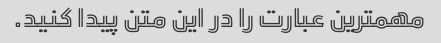
مهمترین عبارت را در این متن پیدا کنید.